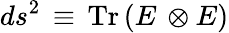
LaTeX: ds^{2}\, \equiv\, \mathrm{Tr}\left(E\, \otimes E\right)